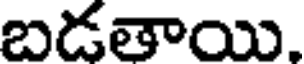
బడతాయి.